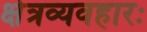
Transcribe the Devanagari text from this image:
क्षेत्रव्यवहारः